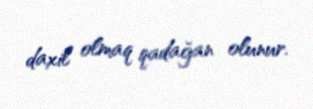
daxil olmaq qadağan olunur.